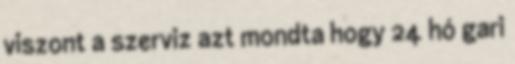
viszont a szerviz azt mondta hogy 24 hó gari